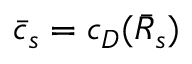
\bar { c } _ { s } = c _ { D } ( \bar { \cal R } _ { s } )